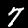
Digit: 7